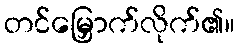
တင်မြှောက်လိုက်၏။